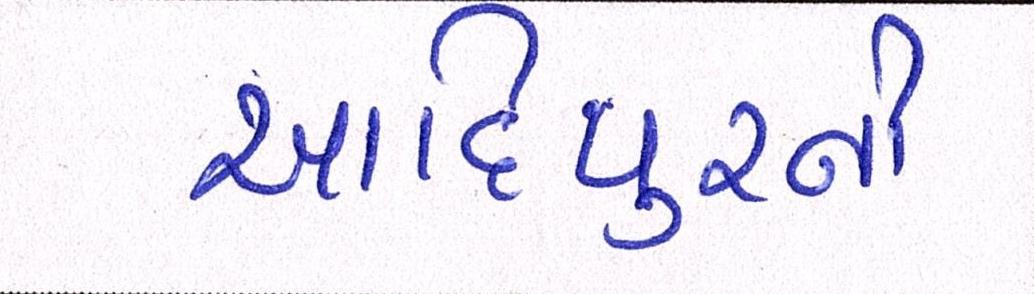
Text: આદિપુરની